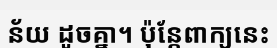
ន័យ ដូចគ្នា។ ប៉ុន្តែពាក្យនេះ